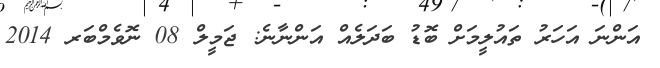
އަންނަ އަހަރު ތައުލީމަށް ބޮޑު ބަދަލެއް އަންނާނެ: ޖަމީލް 08 ނޮވެމްބަރ 2014